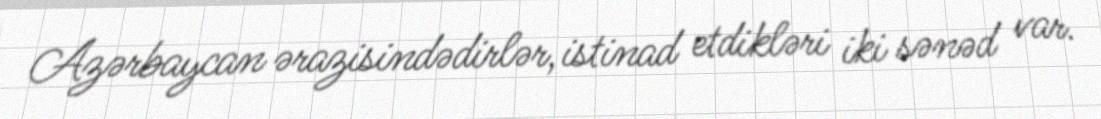
Azərbaycan ərazisindədirlər, istinad etdikləri iki sənəd var.